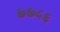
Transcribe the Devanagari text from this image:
७७५६